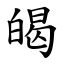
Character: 㿣